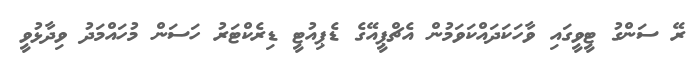
ރޭ ސަންގު ޓީވީގައި ވާހަކަދައްކަވަމުން އެޗްޕީއޭގެ ޑެޕިއުޓީ ޑިރެކްޓަރު ހަސަން މުހައްމަދު ވިދާޅުވީ